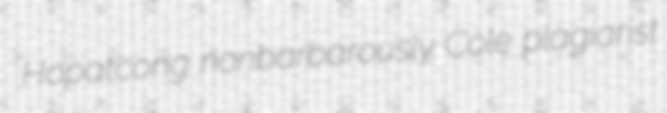
Hopatcong nonbarbarously Cole plagiarist